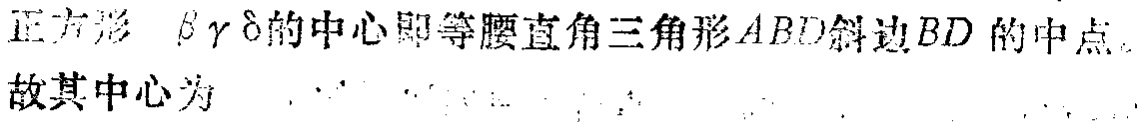
正方形$\beta\gamma\delta$的中心即等腰直角三角形$ABD$斜边$BD$的中点。故其中心为  .